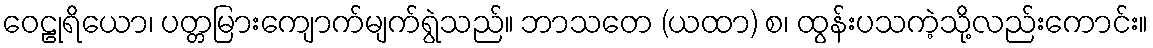
ဝေဠုရိယော၊ ပတ္တမြားကျောက်မျက်ရွဲသည်။ ဘာသတေ (ယထာ) စ၊ ထွန်းပသကဲ့သို့လည်းကောင်း။